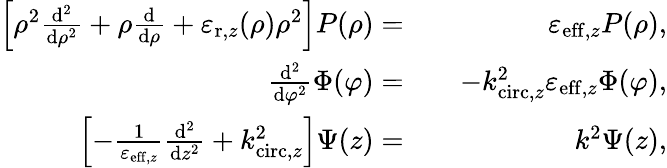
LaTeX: \begin{array}{rlr}{\left[\rho^{2}\frac{\mathrm{d}^{2}}{\mathrm{d}\rho^{2}}+\rho\frac{\mathrm{d}}{\mathrm{d}\rho}+\varepsilon_{\mathrm{r},z}(\rho)\rho^{2}\right]P(\rho)=}&{}&{\varepsilon_{\mathrm{eff,}z}P(\rho),}\\ {\frac{\mathrm{d}^{2}}{\mathrm{d}\varphi^{2}}\Phi(\varphi)=}&{}&{-k_{\mathrm{circ,}z}^{2}\varepsilon_{\mathrm{eff,}z}\Phi(\varphi),}\\ {\left[-\frac{1}{\varepsilon_{\mathrm{eff,}z}}\frac{\mathrm{d}^{2}}{\mathrm{d}z^{2}}+k_{\mathrm{circ,}z}^{2}\right]\Psi(z)=}&{}&{k^{2}\Psi(z),}\end{array}